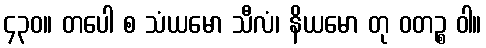
၄၃၀။ တပေါ စ သံယမော သီလံ၊ နိယမော တု ဝတဉ္စ ဝါ။